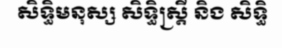
សិទ្ធិមនុស្ស សិទ្ធិស្ត្រី និង សិទ្ធិ